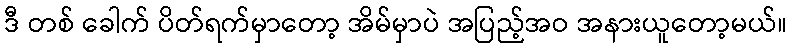
ဒီ တစ် ခေါက် ပိတ်ရက်မှာတော့ အိမ်မှာပဲ အပြည့်အဝ အနားယူတော့မယ်။